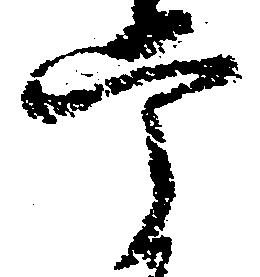
掌